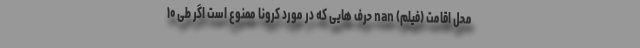
محل اقامت (فیلم) nan حرف هایی که در مورد کرونا ممنوع است اگر طی ۱۰